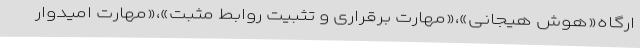
ارگاه«هوش هیجانی»،«مهارت برقراری و تثبیت روابط مثبت»،«مهارت امیدوار